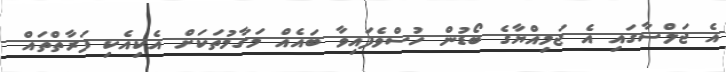
އެ ޖަލްސާގައި އެ ޖަމިއްޔާގެ ބޯޑުން ހުސްވެފައިވާ ބައެއް މަގާމުތަކަށް އެކިއެކި ފަރާތްތައް